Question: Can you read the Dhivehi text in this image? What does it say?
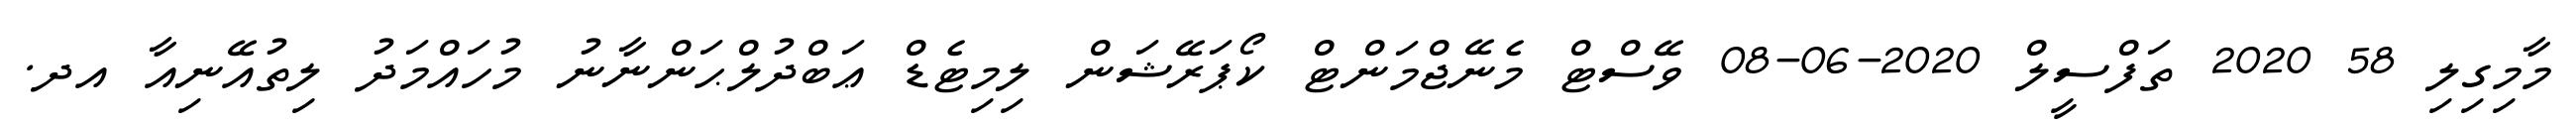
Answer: މާމިގިލި 58 2020 ތަފްސީލް 2020-06-08 ވޭސްޓް މެނޭޖްމަންޓް ކޯޕަރޭޝަން ލިމިޓެޑް ޢަބްދުލްޙަންނާނު މުހައްމަދު ލިތުއޭނިއާ އދ.